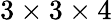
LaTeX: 3\times 3\times 4